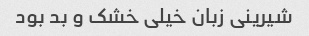
شیرینی زبان خیلی خشک و بد بود